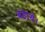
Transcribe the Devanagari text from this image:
बडाये।